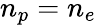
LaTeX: n_{p}=n_{e}